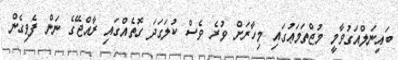
ބައިނަލްއަގުވާމީ މުޖްތަމަޢުގައި މިހާރަށް ވުރެ ވެސް ކުލަގަދަ ގޮތެއްގައި ރާއްޖޭގެ ނަން ފެވިގެން